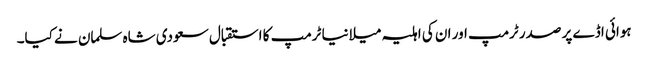
ہوائی اڈے پر صدر ٹرمپ اور ان کی اہلیہ میلانیا ٹرمپ کا استقبال سعودی شاہ سلمان نے کیا۔